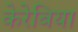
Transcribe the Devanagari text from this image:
केरेबिया